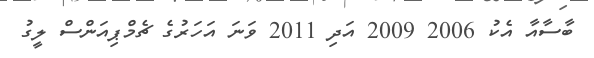
ބާސާއާ އެކު 2006 2009 އަދި 2011 ވަނަ އަހަރުގެ ޗެމްޕިއަންސް ލީގު